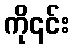
ကို၎င်း